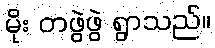
မိုး တဖွဲဖွဲ ရွာသည်။